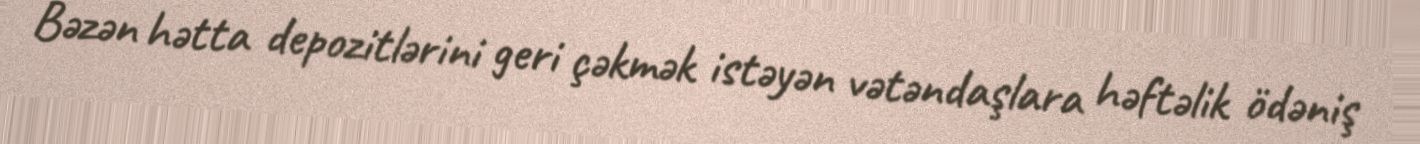
Bəzən hətta depozitlərini geri çəkmək istəyən vətəndaşlara həftəlik ödəniş